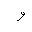
Letter: _waw